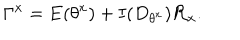
\Gamma ^ { x } = \mathbf { E } ( \theta ^ { x } ) + \mathbf { I } ( D _ { \theta ^ { x } } ) \mathcal { R } _ { x } .